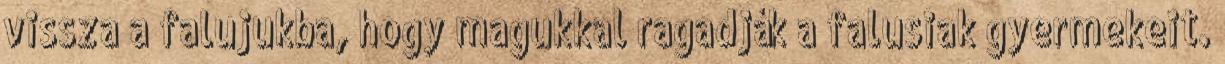
vissza a falujukba, hogy magukkal ragadják a falusiak gyermekeit.